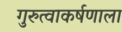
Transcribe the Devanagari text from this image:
गुरुत्वाकर्षणाला